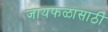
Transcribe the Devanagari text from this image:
जायफळासाठी